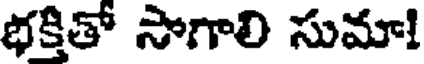
భక్తితో సాగాలి సుమా!